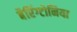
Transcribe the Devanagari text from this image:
बैरिंग्टोनिया